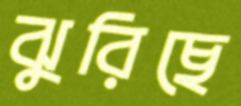
ঝুরিছে